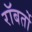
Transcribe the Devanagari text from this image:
रॉबर्तो